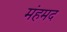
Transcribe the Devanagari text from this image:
मंहमद